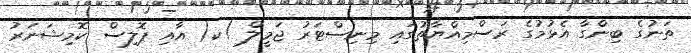
ތަނުގެ ބިންގާ އެޅުމުގެ ރަސްމިއްޔާތުގައި މިނިސްޓަރު ޖަމީލް )ކ( އާއި ޕޮލިސް ކޮމިޝަނަރު